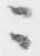
ニ